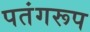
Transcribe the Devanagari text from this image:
पतंगरूप